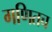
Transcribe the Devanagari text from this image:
गणितच